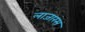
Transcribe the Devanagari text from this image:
लाजारस